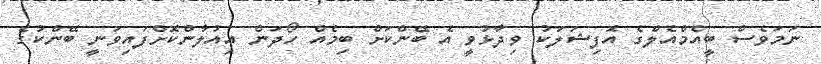
ނަމަވެސް ބީއެމްއެލްގެ އޮފިޝަލަކު ވިދާޅުވީ އެ ބޭންކަށް ބިމެއް ހޯދަން އިއުލާންކޮށްފައިވަނީ ބޭންކުގެ